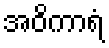
အဝိကာရံ